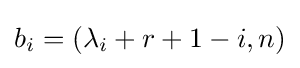
b_{i}=(\lambda _{i}+r+1-i,n)